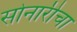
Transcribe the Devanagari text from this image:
सोनारीचा